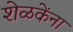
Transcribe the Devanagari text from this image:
शेळकेंना